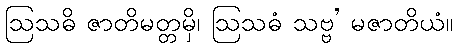
ဩသဓိ ဇာတိမတ္တမှိ၊ ဩသဓံ သဗ္ဗ’ မဇာတိယံ။